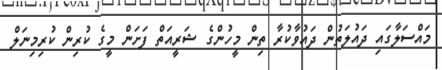
މައްސަލާގައި ދައުލަތުން ދައުވާކުރާ ތިން މީހުންގެ ޝަރީއަތް ފަށަން މީގެ ކުރިން ކުރިމިނަލް